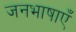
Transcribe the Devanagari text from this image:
जनभाषाएँ